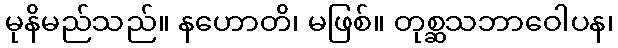
မုနိမည်သည်။ နဟောတိ၊ မဖြစ်။ တုစ္ဆသဘာဝေါပန၊